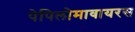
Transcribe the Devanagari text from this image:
पेपिलोमावायरस